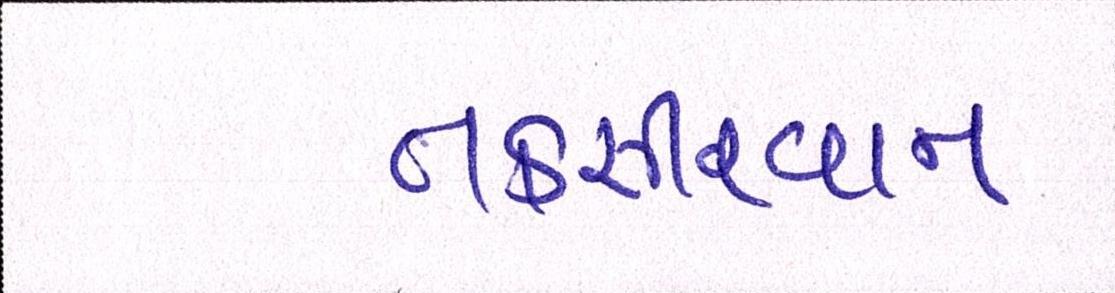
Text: તકસીરવાન